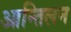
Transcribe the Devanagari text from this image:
आन्तिलन